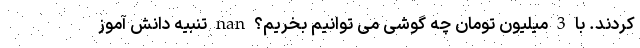
کردند. با 3 میلیون تومان چه گوشی می توانیم بخریم؟ nan تنبیه دانش آموز